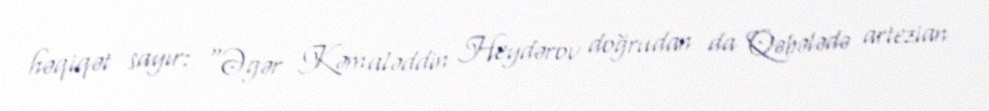
həqiqət sayır: “Əgər Kəmaləddin Heydərov doğrudan da Qəbələdə artezian